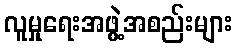
လူမှုရေးအဖွဲ့အစည်းများ